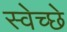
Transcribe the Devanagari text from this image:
स्वेच्छे